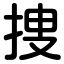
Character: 捜